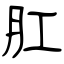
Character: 肛